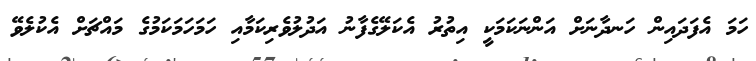
ހަމަ އެފަދައިން ހަނދާނަށް އަންނަކަމަކީ އިތުރު އެކަލޭގެފާނު އަދުލުވެރިކަމާއި ހަމަހަމަކަމުގެ މައްޗަށް އެކުލެވޭ